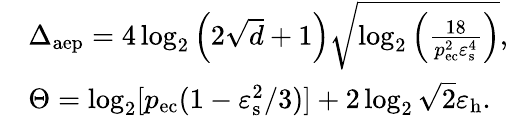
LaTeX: \begin{array}{rl}&{\Delta_{\mathrm{aep}}=4\log_{2}\left(2\sqrt{d}+1\right)\sqrt{\log_{2}\left(\frac{18}{p_{\mathrm{ec}}^{2}\varepsilon_{\mathrm{s}}^{4}}\right)},}\\ &{\Theta=\log_{2}[p_{\mathrm{ec}}(1-\varepsilon_{\mathrm{s}}^{2}/3)]+2\log_{2}\sqrt{2}\varepsilon_{\mathrm{h}}.}\end{array}